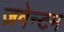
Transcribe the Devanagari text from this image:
ज़वेन्टम